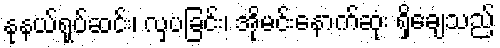
နုနယ်ရုပ်ဆင်း၊ လှပခြင်း၊ အိုမင်းနောက်ဆုံး ရှိချေသည်